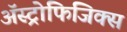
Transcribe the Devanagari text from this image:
अॅस्ट्रोफिजिक्स